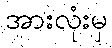
အားလုံးမှ